Scottish Leaving Certificate Examination, 1959
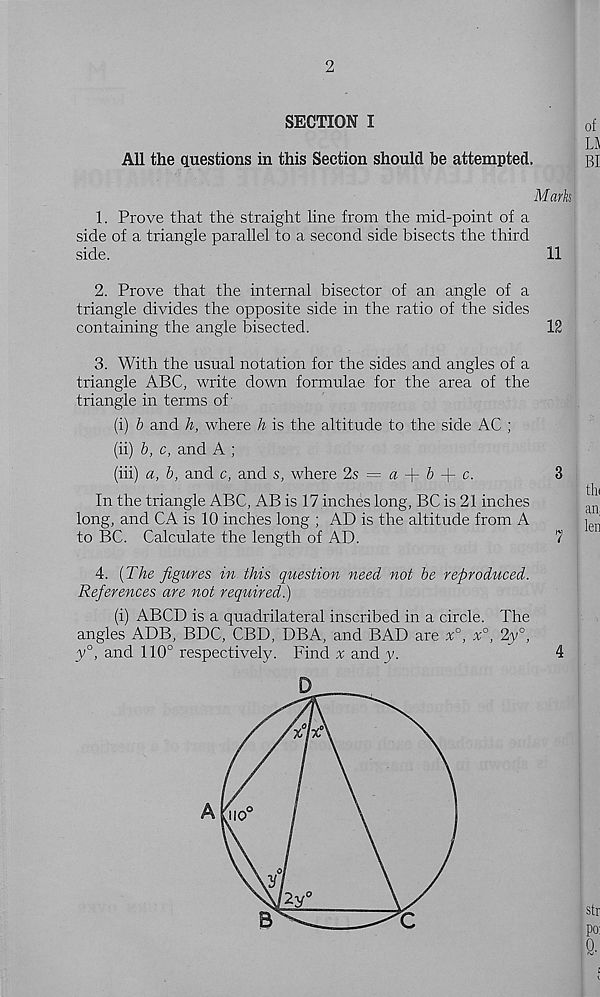
2
SECTION I
All the questions in this Section should he attempted.
Mark
1. Prove that the straight line from the mid-point of a
side of a triangle parallel to a second side bisects the third
side.
11
2. Prove that the internal bisector of an angle of a
triangle divides the opposite side in the ratio of the sides
containing the angle bisected.
12
3. With the usual notation for the sides and angles of a
triangle ABC, write down formulae for the area of the
triangle in terms of
(i) b and h, where h is the altitude to the side AC ;
(ii) b, c, and A ;
(iii) a, b, and c, and s, where 2s = a -f- & + c.
3
In the triangle ABC, AB is 17 inches long, BC is 21 inches
long, and CA is 10 inches long ; AD is the altitude from A
to BC. Calculate the length of AD.
7
4. (The figures in this question need not be reproduced.
References are not required.)
(i) ABCD is a quadrilateral inscribed in a circle. The
angles ADB, BDC, CBD, DBA, and BAD are x°, x°, 2,y°,
y°, and 110° respectively. Find % andy.
4